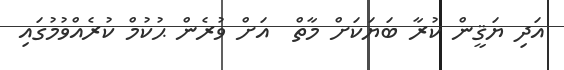
އަދި ޔަޤީން ކުރާ ބަޔަކަށް މާތް  އަށް ވުރެން ޙުކުމް ކުރެއްވުމުގައި